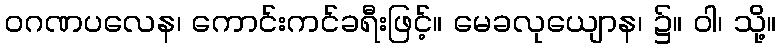
ဝဂဏပလေန၊ ကောင်းကင်ခရီးဖြင့်။ မေခလုယျောန၊ ၌။ ဝါ၊ သို့။